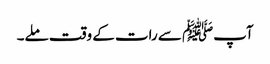
آپﷺ سے رات کے وقت ملے۔